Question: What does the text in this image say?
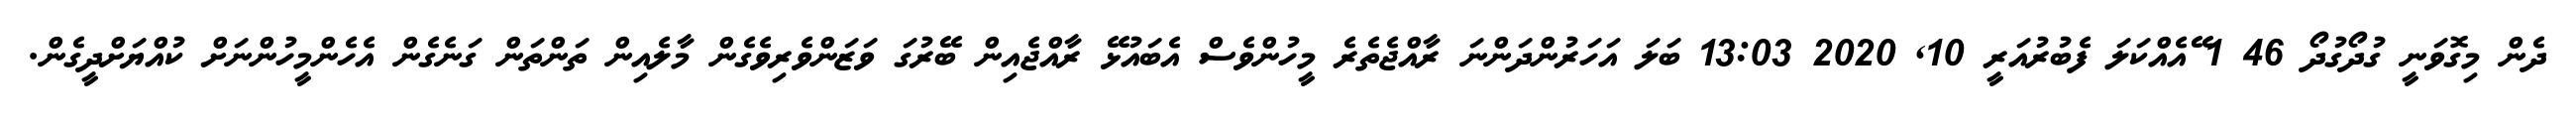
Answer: ދެން މިގޮވަނީ ގުދޯގުދޯ 46 1 ޭއެއްކަލަ ފެބުރުއަރީ 10, 2020 13:03 ބަލަ އަހަރުންދަންނަ ރާއްޖެތެރެ މީހުންވެސް އެބައުޅޭ ރާއްޖެއިން ބޭރުގަ ވަޒަންވެރިވެގެން މާލެއިން ތަންތަން ގަނެގެން އެހެންމީހުންނަށް ކުއްޔަށްދީގެން.